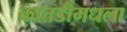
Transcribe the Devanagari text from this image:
कातडीमधला